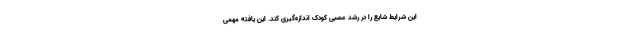
این شرایط شایع را در رشد عصبی کودک اندازه‌گیری کند. این یافته مهمی